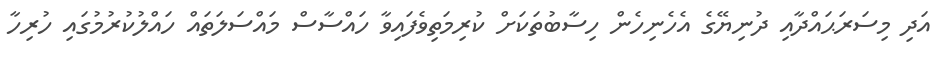
އަދި މިސަރަޙައްދާއި ދުނިޔޭގެ އެހެނިހެން ހިސާބުތަކަށް ކުރިމަތިވެފައިވާ ހައްސާސް މައްސަލަތައް ހައްލުކުރުމުގައި ހުރިހާ